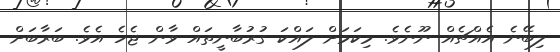
ލިބޭނެ އެއްޗެއް ނޫނެވެ. މިކަމަށް ލައްކަ ގުރުބާނީތައް ވާން ޖެހެ އެވެ. ބަރާބަށް